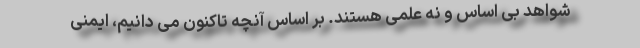
شواهد بی اساس و نه علمی هستند. بر اساس آنچه تاکنون می دانیم، ایمنی